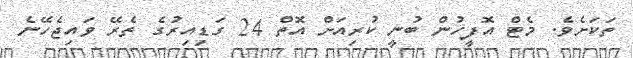
ތަކަށެވެ. މެޓް އޮފީހުން ބުނީ ކުރިއަށް އޮތް 24 ގަޑިއިރުގެ ތެރޭ ވައިޖެހޭނެ